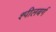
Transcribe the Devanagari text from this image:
श्पीलबर्ग